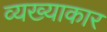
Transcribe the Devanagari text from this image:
व्यख्याकार